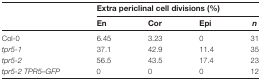
<table><thead><tr><td rowspan="2"></td><td colspan="3"><b>Extra periclinal cell divisions (%)</b></td><td></td></tr><tr><td><b>En</b></td><td><b>Cor</b></td><td><b>Epi</b></td><td><b><i>n</i></b></td></tr></thead><tbody><tr><td>Col-0</td><td>6.45</td><td>3.23</td><td>0</td><td>31</td></tr><tr><td><i>tpr5-1</i></td><td>37.1</td><td>42.9</td><td>11.4</td><td>35</td></tr><tr><td><i>tpr5-2</i></td><td>56.5</td><td>43.5</td><td>17.4</td><td>23</td></tr><tr><td><i>tpr5-2 TPR5–GFP</i></td><td>0</td><td>0</td><td>0</td><td>12</td></tr></tbody></table>